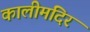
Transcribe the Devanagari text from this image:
कालीमंदिर